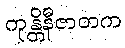
ကုန္တိနီဇာတက